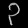
Digit: ၃